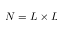
N = L \times L